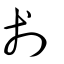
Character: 剗